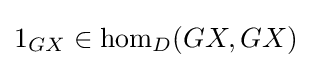
1_{GX}\in \mathrm {hom} _{D}(GX,GX)